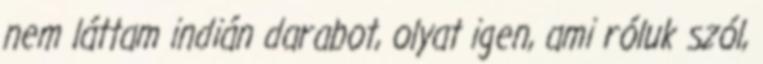
nem láttam indián darabot, olyat igen, ami róluk szól,